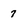
Character: 7